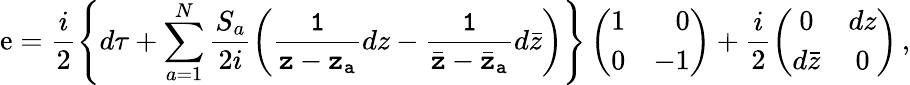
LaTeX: \mathrm{e}=\frac{{i}}{{2}}\left\{ d\tau+\sum_{a=1}^{N}\frac{{S_{a}}}{{2i}}\left({\tt\frac{{1}}{{z-z_{a}}}}dz-{\tt\frac{{1}}{{\bar{{z}}-\bar{{z}}_{a}}}}d\bar{{z}}\right)\right\} \left(\begin{array}{rr}{{1}}&{{0}}\\ {{0}}&{{-1}}\end{array}\right)+\frac{{i}}{{2}}\left(\begin{array}{cc}{{0}}&{{dz}}\\ {{d\bar{z}}}&{{0}}\end{array}\right)\, ,